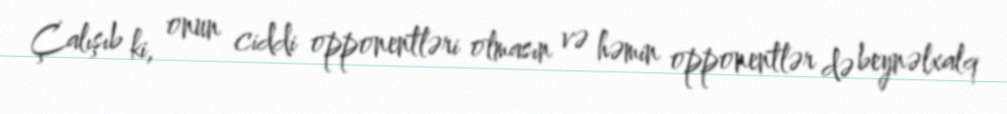
Çalışıb ki, onun ciddi opponentləri olmasın və həmin opponentlər də beynəlxalq